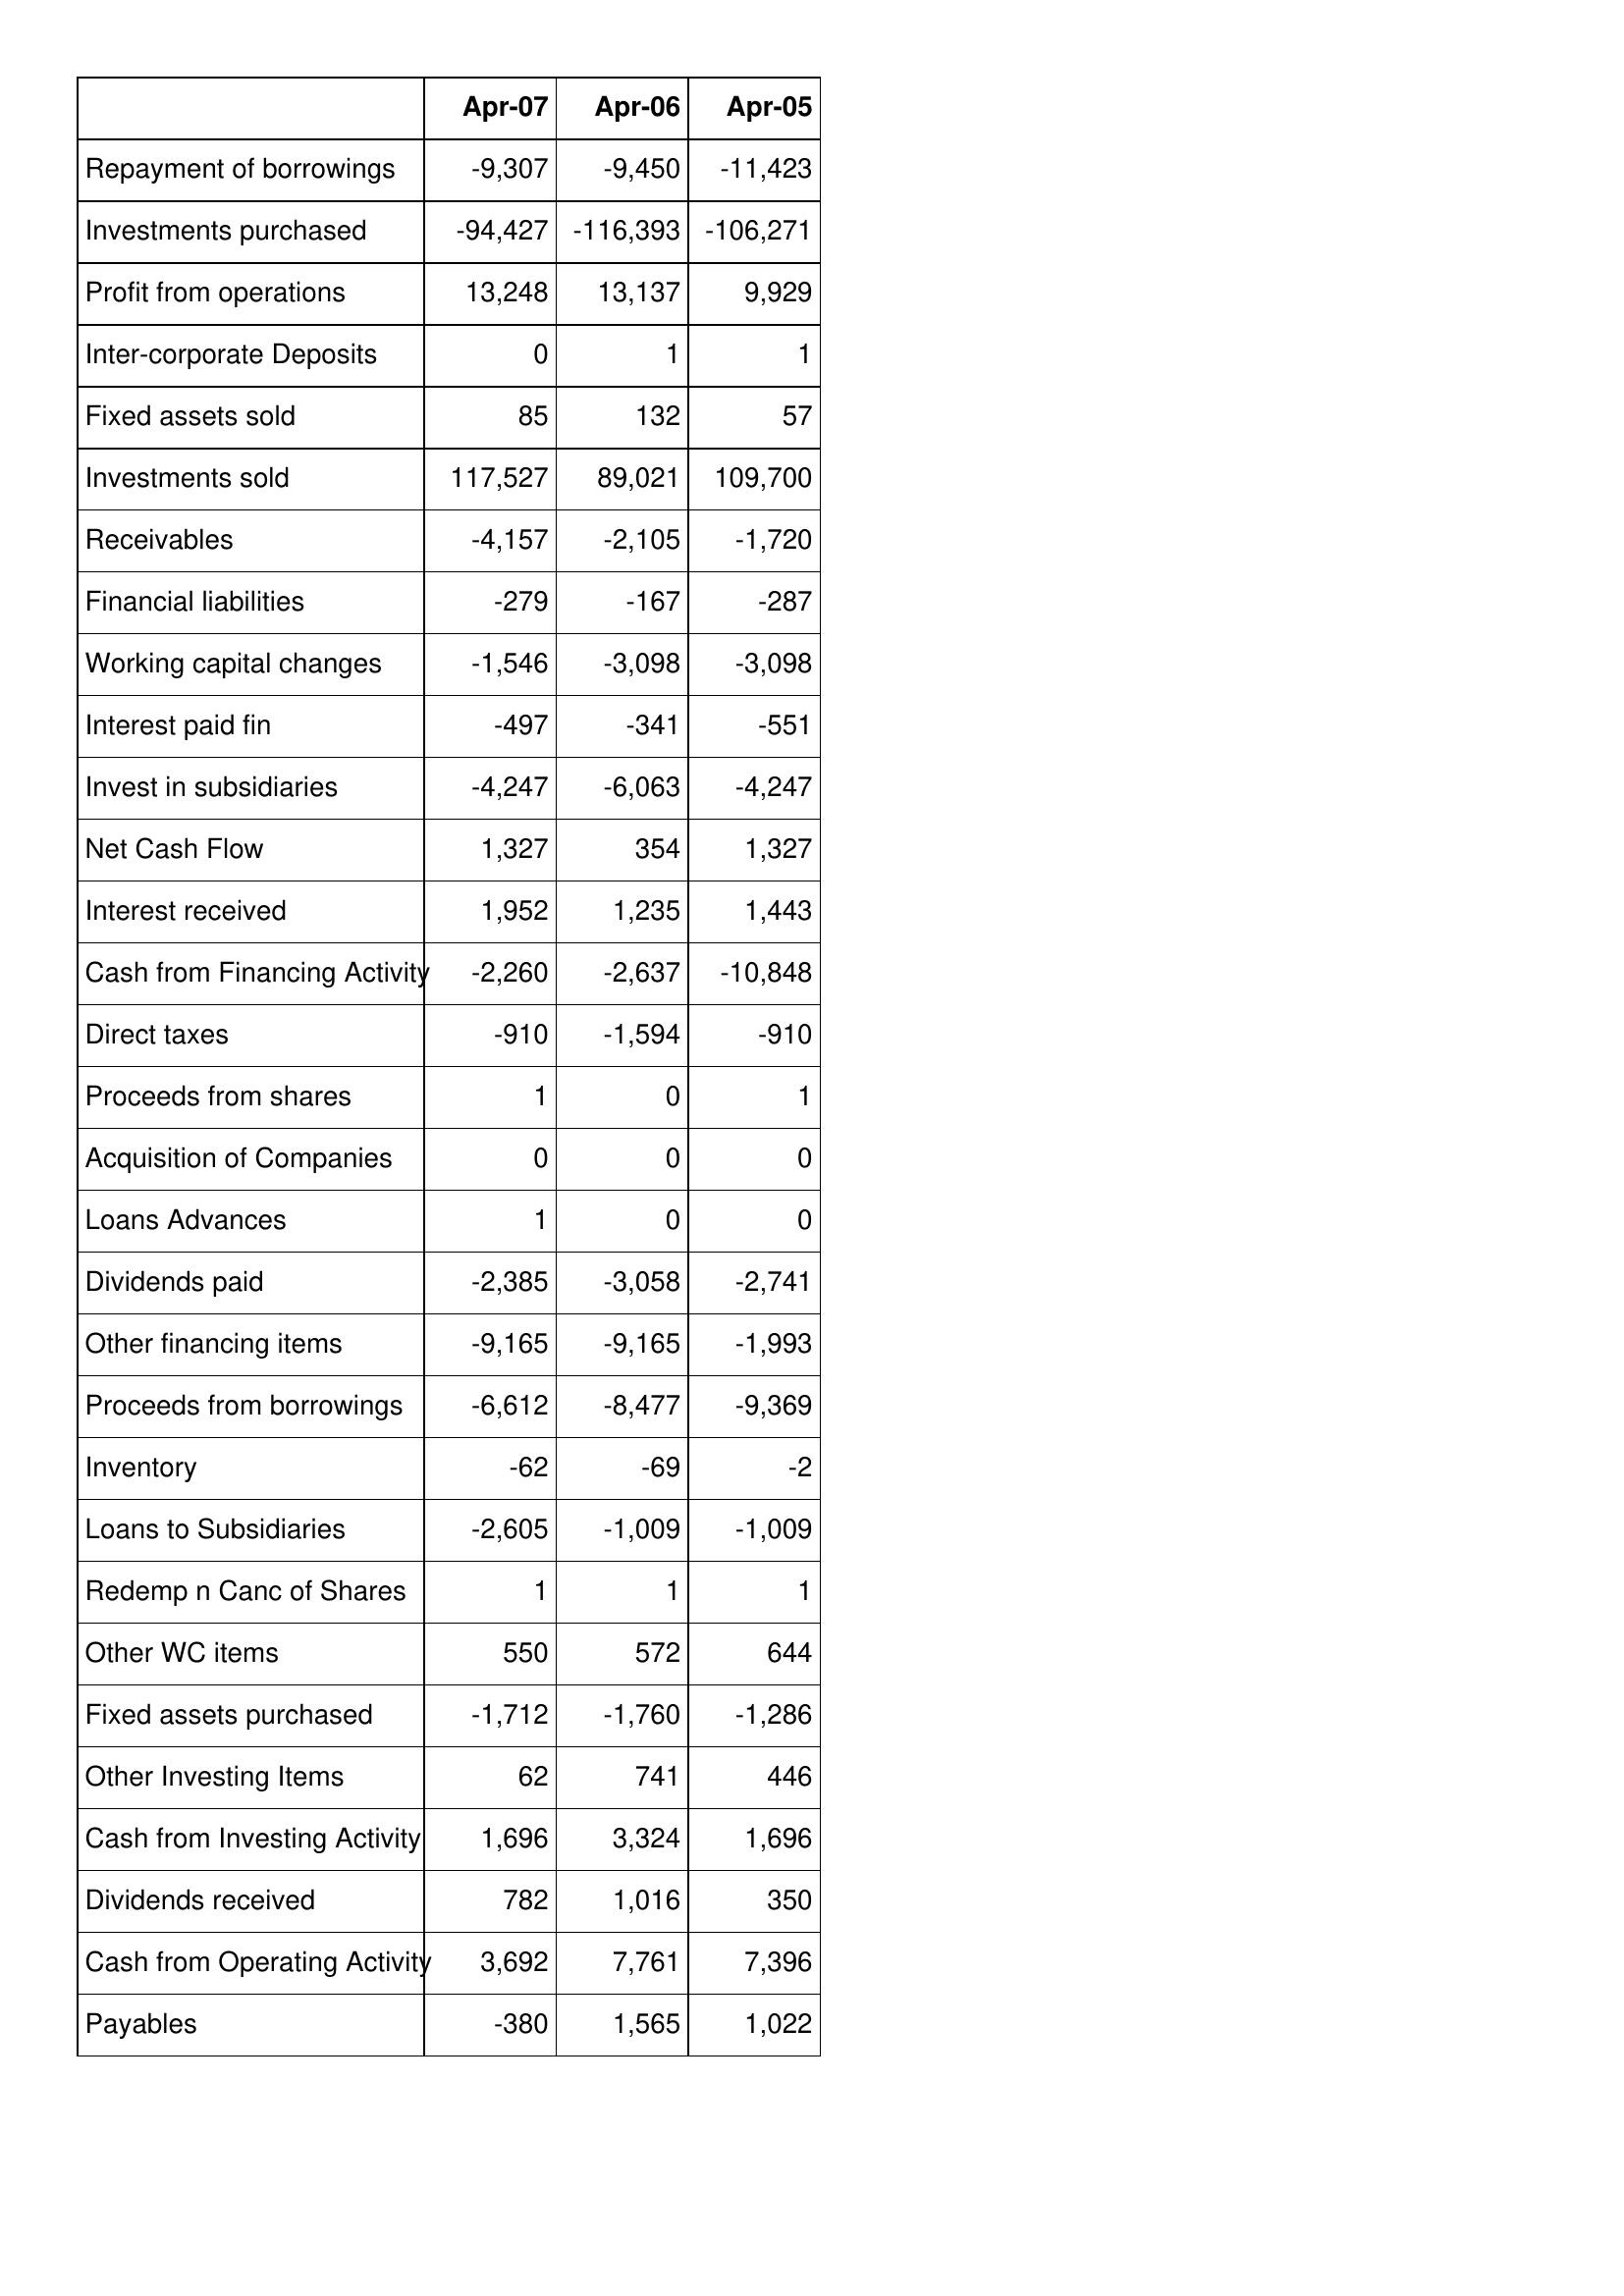
Apr-07: Cash Flows: Repayment of borrowings: -9,307
Investments purchased: -94,427
Profit from operations: 13,248
Inter-corporate Deposits: 0
Fixed assets sold: 85
Investments sold: 117,527
Receivables: -4,157
Financial liabilities: -279
Working capital changes: -1,546
Interest paid fin: -497
Invest in subsidiaries: -4,247
Net Cash Flow: 1,327
Interest received: 1,952
Cash from Financing Activity: -2,260
Direct taxes: -910
Proceeds from shares: 1
Acquisition of Companies: 0
Loans Advances: 1
Dividends paid: -2,385
Other financing items: -9,165
Proceeds from borrowings: -6,612
Inventory: -62
Loans to Subsidiaries: -2,605
Redemp n Canc of Shares: 1
Other WC items: 550
Fixed assets purchased: -1,712
Other Investing Items: 62
Cash from Investing Activity: 1,696
Dividends received: 782
Cash from Operating Activity: 3,692
Payables: -380
Apr-06: Cash Flows: Repayment of borrowings: -9,450
Investments purchased: -116,393
Profit from operations: 13,137
Inter-corporate Deposits: 1
Fixed assets sold: 132
Investments sold: 89,021
Receivables: -2,105
Financial liabilities: -167
Working capital changes: -3,098
Interest paid fin: -341
Invest in subsidiaries: -6,063
Net Cash Flow: 354
Interest received: 1,235
Cash from Financing Activity: -2,637
Direct taxes: -1,594
Proceeds from shares: 0
Acquisition of Companies: 0
Loans Advances: 0
Dividends paid: -3,058
Other financing items: -9,165
Proceeds from borrowings: -8,477
Inventory: -69
Loans to Subsidiaries: -1,009
Redemp n Canc of Shares: 1
Other WC items: 572
Fixed assets purchased: -1,760
Other Investing Items: 741
Cash from Investing Activity: 3,324
Dividends received: 1,016
Cash from Operating Activity: 7,761
Payables: 1,565
Apr-05: Cash Flows: Repayment of borrowings: -11,423
Investments purchased: -106,271
Profit from operations: 9,929
Inter-corporate Deposits: 1
Fixed assets sold: 57
Investments sold: 109,700
Receivables: -1,720
Financial liabilities: -287
Working capital changes: -3,098
Interest paid fin: -551
Invest in subsidiaries: -4,247
Net Cash Flow: 1,327
Interest received: 1,443
Cash from Financing Activity: -10,848
Direct taxes: -910
Proceeds from shares: 1
Acquisition of Companies: 0
Loans Advances: 0
Dividends paid: -2,741
Other financing items: -1,993
Proceeds from borrowings: -9,369
Inventory: -2
Loans to Subsidiaries: -1,009
Redemp n Canc of Shares: 1
Other WC items: 644
Fixed assets purchased: -1,286
Other Investing Items: 446
Cash from Investing Activity: 1,696
Dividends received: 350
Cash from Operating Activity: 7,396
Payables: 1,022